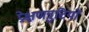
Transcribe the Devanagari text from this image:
प्रेक्षणत्रुटियों